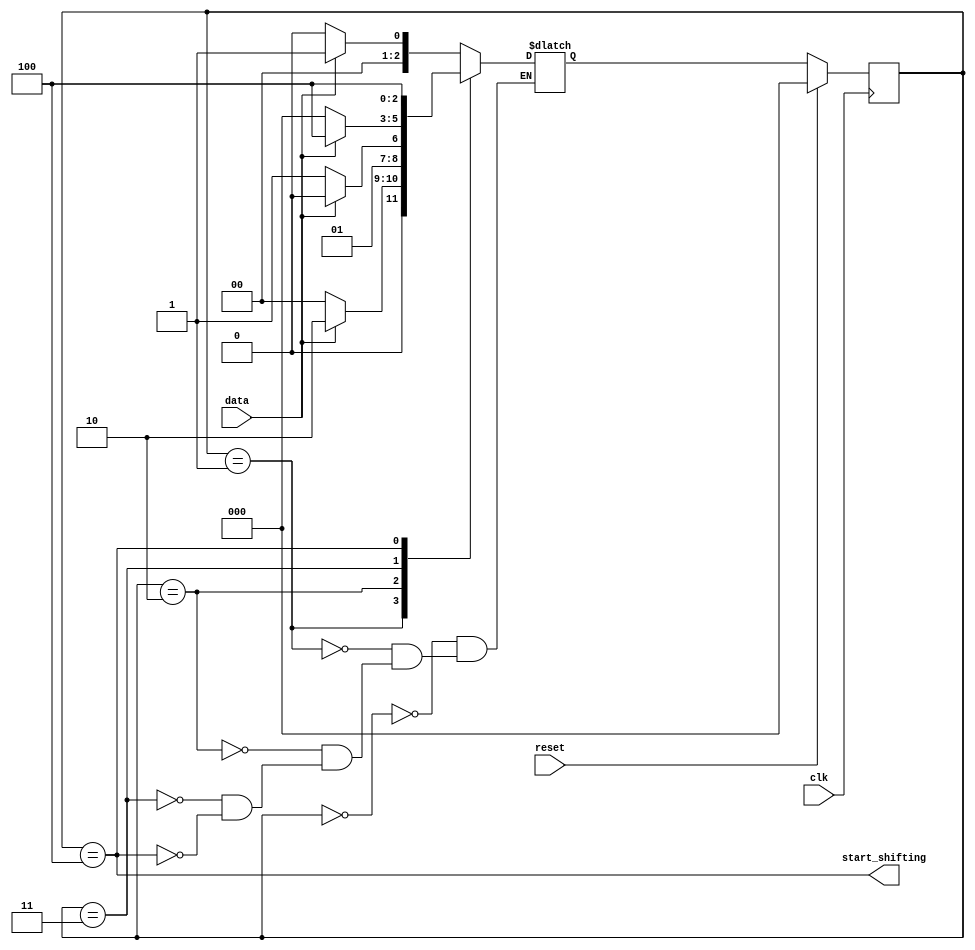
module top_module (
    input clk,
    input reset,      // Synchronous reset
    input data,
    output start_shifting);
    
    parameter [2:0] S0 = 3'b000,
    				S1 = 3'b001,
    				S2 = 3'b010,
    				S3 = 3'b011,
    				S4 = 3'b100;
    
    reg [2:0] state, next_state;
    
    always @ (*)
        begin
            case (state)
                S0: next_state <= (data) ? S1 : S0;
                S1: next_state <= (data) ? S2 : S0;
                S2: next_state <= (data) ? S2 : S3;
                S3: next_state <= (data) ? S4 : S0;
                S4: next_state <= S4;
            endcase
        end
    
    always @ (posedge clk)
        begin
            if (reset)
                state <= S0;
            else
                state <= next_state;
        end
    
    assign start_shifting = (state == S4);

endmodule